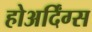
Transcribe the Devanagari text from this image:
होअर्दिंग्स